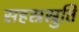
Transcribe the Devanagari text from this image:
सहस्रस्रुति